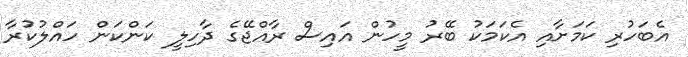
އެބަހުރި ކަމަށާއި އެކަމަކު ބޭރު މީހުން އައިސް ރާއްޖޭގެ ދާހިލީ ކަންކަން ހައްލުކުރާ